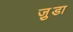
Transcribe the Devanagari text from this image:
जु़डा